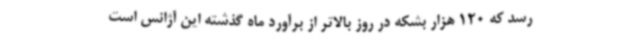
رسد که 120 هزار بشکه در روز بالاتر از برآورد ماه گذشته این آژانس است